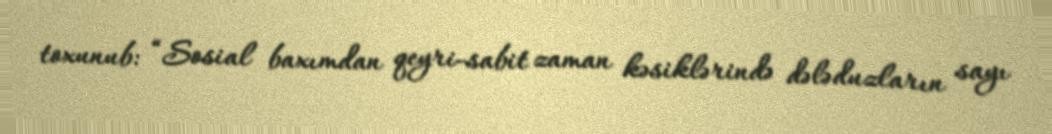
toxunub: “Sosial baxımdan qeyri-sabit zaman kəsiklərində dələduzların sayı